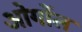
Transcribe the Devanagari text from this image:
ओगोंल